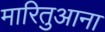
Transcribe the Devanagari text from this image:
मारितुआना